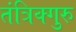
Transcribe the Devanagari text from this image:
तंत्रिक्गुरु